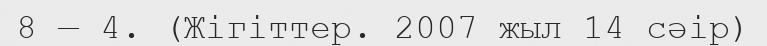
8 — 4. (Жігіттер. 2007 жыл 14 сәір)